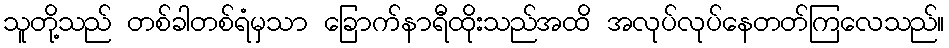
သူတို့သည် တစ်ခါတစ်ရံမှသာ ခြောက်နာရီထိုးသည်အထိ အလုပ်လုပ်နေတတ်ကြလေသည်။